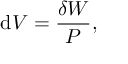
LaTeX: \mathrm { d } V = { \frac { \delta W } { P } } ,